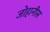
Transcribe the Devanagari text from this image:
जोहानीस